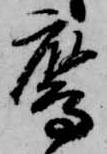
鷹